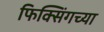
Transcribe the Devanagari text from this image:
फिक्सिंगच्या